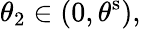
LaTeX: \theta_{2}\in(0,\theta^{\mathrm{s}}),